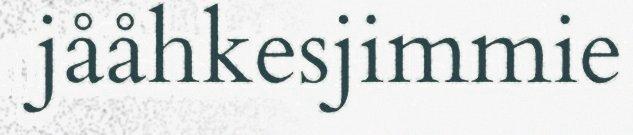
jååhkesjimmie